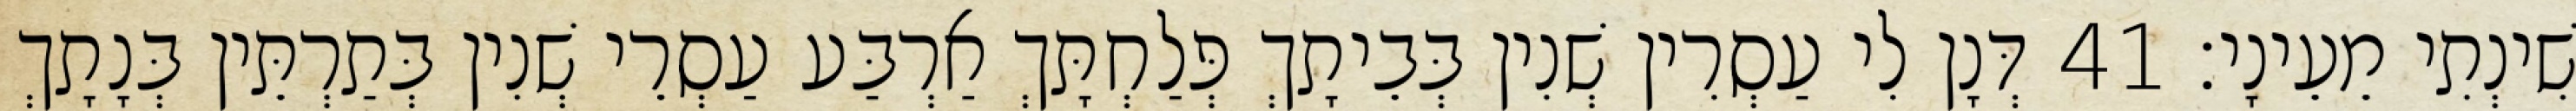
שִׁינְתִי מֵעֵינָי׃ 41 דְּנָן לִי עַסְרִין שְׁנִין בְּבֵיתָךְ פְּלַחְתָּךְ אַרְבַּע עַסְרֵי שְׁנִין בְּתַרְתֵּין בְּנָתָךְ